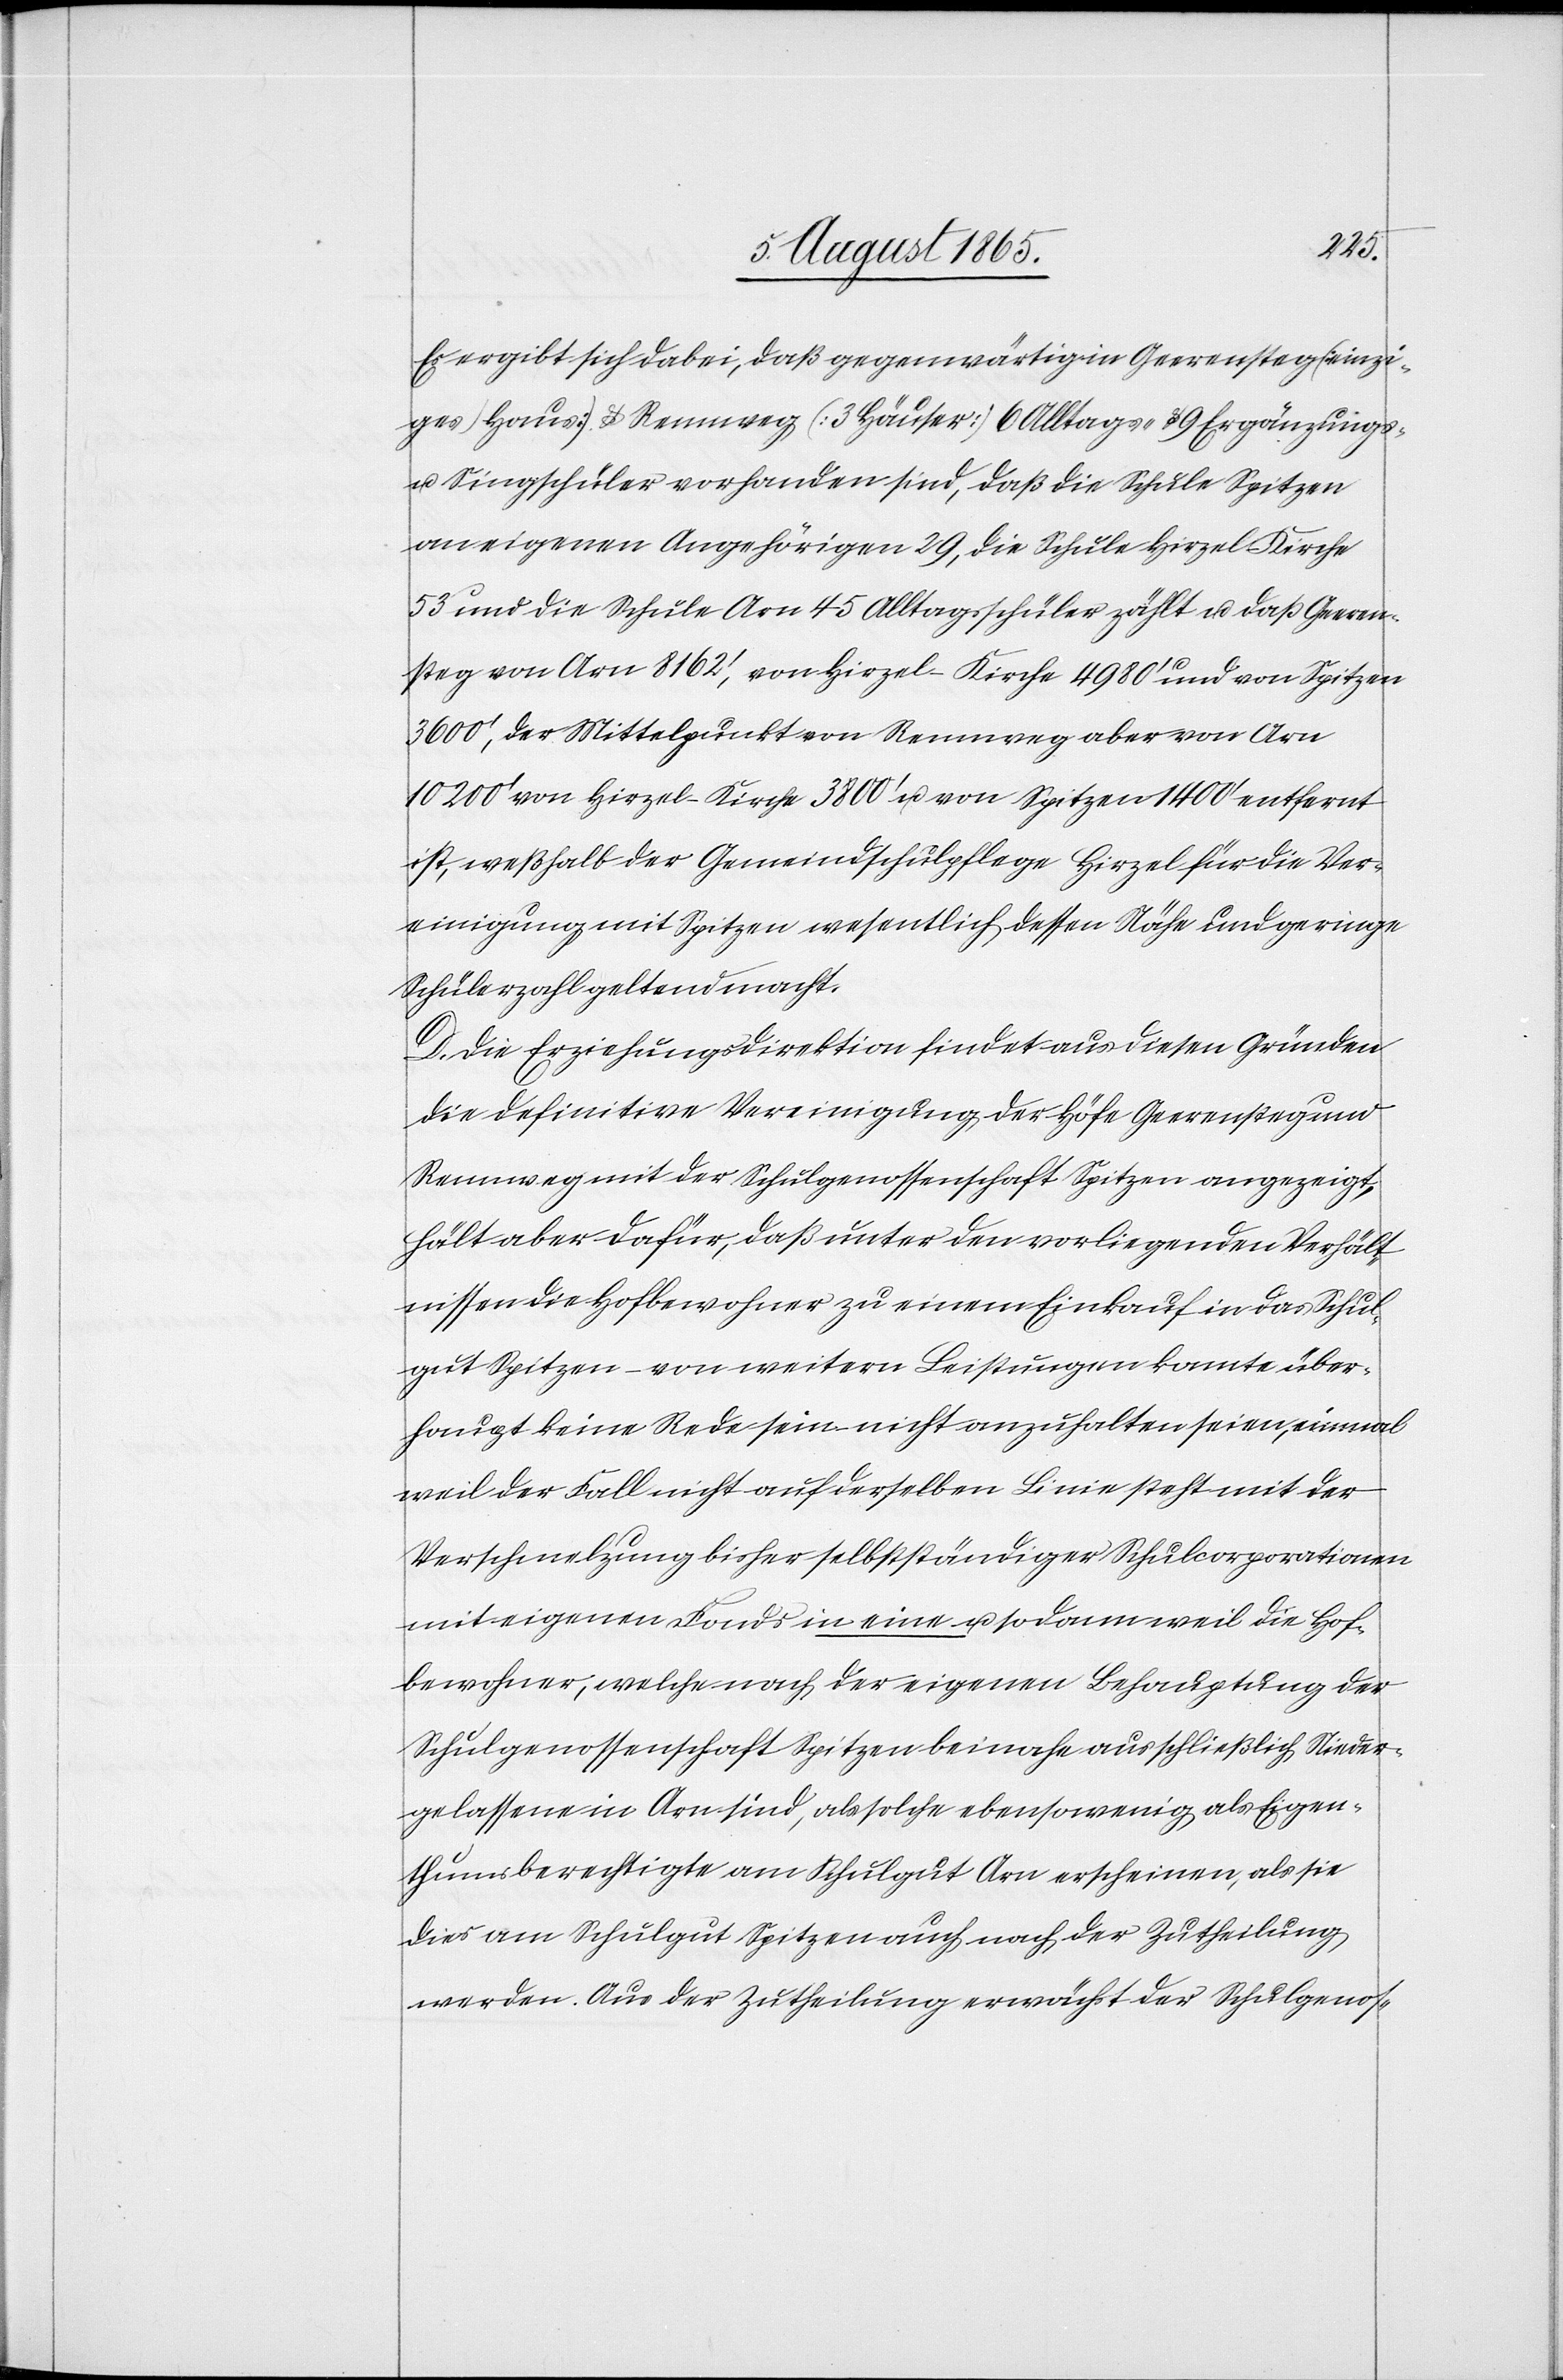
Ver¬
Es ergibt sich dabei, daß gegenwärtig in Geerensteg [einzi¬
ges Haus] u. Rennweg [3 Häuser] 6 Alltags- u. 9 Ergänzungs-
u. Singschüler vorhanden sind, daß die Schule Spitzen
an eigenen Angehörigen 29, die Schule Hirzel-Kirche
53 und die Schule Arn 45 Alltagsschüler zählt u. daß Geeren¬
steg von Arn 8162’, von Hirzel-Kirche 4980’ und von Spitzen
3600’, der Mittelpunkt von Rennweg aber von Arn
10 200’ von Hirzel-Kirche 3800’ u. von Spitzen 1400’ entfernt
einigung mit Spitzen wesentlich dessen Nähe und geringe
Schülerzahl geltend macht.
D. Die Erziehungsdirektion findet aus diesen Gründen
die definitive Vereinigung der Höfe Geerensteg und
Rennweg mit der Schulgenossenschaft Spitzen angezeigt,
hält aber dafür, daß unter den vorliegenden Verhält¬
nissen die Hofbewohner zu einem Einkauf in das Schul¬
gut Spitzen – von weitern Leistungen konnte über¬
haupt keine Rede sein – nicht anzuhalten seien, einmal
weil der Fall nicht auf derselben Linie steht mit der
Verschmelzung bisher selbstständiger Schulcorporationen
mit eigenen Fonds in eine u. sodann weil die Hof¬
bewohner, welche nach der eigenen Behauptung der
Schulgenossenschaft Spitzen beinahe ausschließlich Nieder¬
gelassene in Arn sind, als solche ebensowenig als Eigen¬
thumsberechtigte am Schulgut Arn erscheinen, als sie
dies am Schulgut Spitzen auch nach der Zutheilung
werden. Aus der Zutheilung erwächst der Schulgenos-